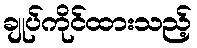
ချုပ်ကိုင်ထားသည့်